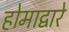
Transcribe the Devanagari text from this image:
होमाद्वारे